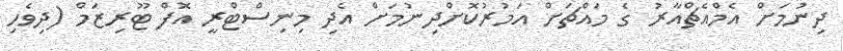
ދިނުމަށް އެމްއެޗްއާރު ގެ މައްޗަށް އަމުރުކޮށްދިނުމަށް އެދި މިނިސްޓްރީ އޮފް ޓޫރިޒަމް (ދިވެހި